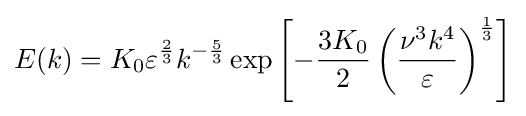
E(k)=K_{0}\varepsilon ^{\frac {2}{3}}k^{-{\frac {5}{3}}}\exp \left[-{\frac {3K_{0}}{2}}\left({\frac {\nu ^{3}k^{4}}{\varepsilon }}\right)^{\frac {1}{3}}\right]